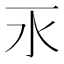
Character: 𣱳